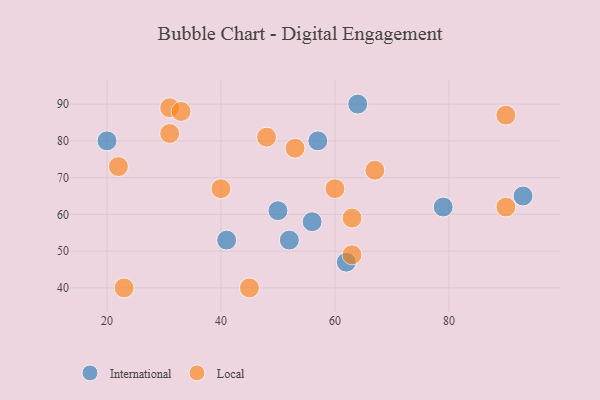
{"axis": {"x": "GDP", "y": "Life Expectancy"}, "legend": ["International", "Local"], "data": [{"x": "50", "y": 61, "type": "International"}, {"x": "52", "y": 53, "type": "International"}, {"x": "56", "y": 58, "type": "International"}, {"x": "41", "y": 53, "type": "International"}, {"x": "57", "y": 80, "type": "International"}, {"x": "79", "y": 62, "type": "International"}, {"x": "62", "y": 47, "type": "International"}, {"x": "64", "y": 90, "type": "International"}, {"x": "20", "y": 80, "type": "International"}, {"x": "93", "y": 65, "type": "International"}, {"x": "67", "y": 72, "type": "Local"}, {"x": "45", "y": 40, "type": "Local"}, {"x": "31", "y": 89, "type": "Local"}, {"x": "63", "y": 59, "type": "Local"}, {"x": "22", "y": 73, "type": "Local"}, {"x": "90", "y": 87, "type": "Local"}, {"x": "33", "y": 88, "type": "Local"}, {"x": "63", "y": 49, "type": "Local"}, {"x": "90", "y": 62, "type": "Local"}, {"x": "31", "y": 82, "type": "Local"}, {"x": "23", "y": 40, "type": "Local"}, {"x": "48", "y": 81, "type": "Local"}, {"x": "60", "y": 67, "type": "Local"}, {"x": "53", "y": 78, "type": "Local"}, {"x": "40", "y": 67, "type": "Local"}]}